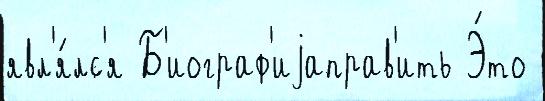
явл'я́лс'я Б'иограф'иjаправ'ить Э́то